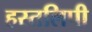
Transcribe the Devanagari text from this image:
हस्तलिपी